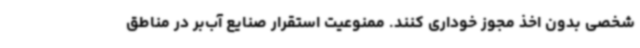
شخصی بدون اخذ مجوز خوداری کنند. ممنوعیت استقرار صنایع آب‌بر در مناطق